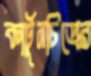
কার্টুনচিত্রের